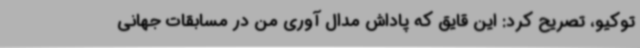
توکیو، تصریح کرد: این قایق که پاداش مدال آوری من در مسابقات جهانی